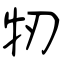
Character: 牣